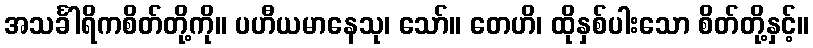
အသင်္ခါရိကစိတ်တို့ကို။ ပဟီယမာနေသု၊ သော်။ တေဟိ၊ ထိုနှစ်ပါးသော စိတ်တို့နှင့်။